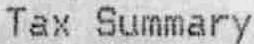
TAX SUMMARY